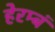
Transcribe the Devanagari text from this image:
हेरम्बं